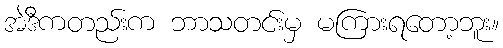
အဲဒီကတည်းက ဘာသတင်းမှ မကြားရတော့ဘူး။